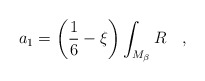
\begin{align*}a_1=\left(\frac 16 -\xi\right)\int_{M_{\beta}}R~~~,\end{align*}